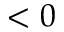
< 0